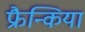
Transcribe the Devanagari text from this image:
फ्रैन्किया